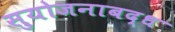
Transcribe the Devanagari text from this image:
सुयोजनाबद्ध